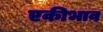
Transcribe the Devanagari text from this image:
एकीभाव